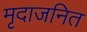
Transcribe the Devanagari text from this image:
मृदाजनित